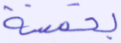
بخمسة